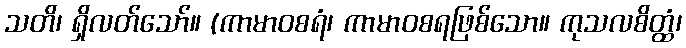
သတိ၊ ရှိလတ်သော်။ (ကာမာဝစရံ၊ ကာမာဝစရဖြစ်သော။ ကုသလစိတ္ထံ၊